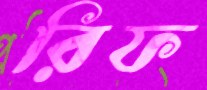
রিফ